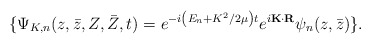
\begin{align*}\{\Psi_{K,n}(z,\bar z, Z,\bar Z, t) =e^{-i\left(E_n+K^2/2\mu\right)t} e^{i{\bf K}\cdot{\bf R}}\psi_n(z,\bar z)\}.\end{align*}